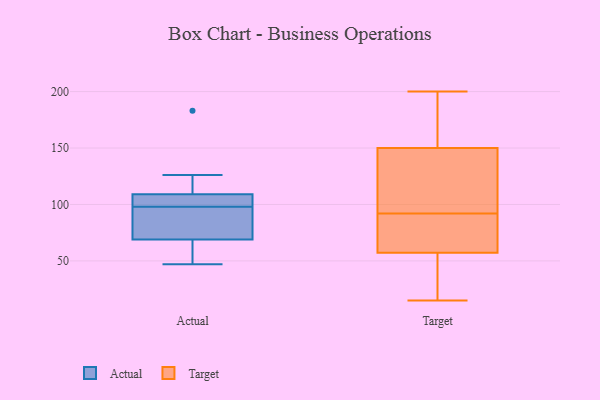
{"axis": {"x": "Shipments", "y": "Value"}, "legend": ["Actual", "Target"], "data": [{"x": "", "y": 109, "type": "Actual"}, {"x": "", "y": 126, "type": "Actual"}, {"x": "", "y": 54, "type": "Actual"}, {"x": "", "y": 78, "type": "Actual"}, {"x": "", "y": 99, "type": "Actual"}, {"x": "", "y": 183, "type": "Actual"}, {"x": "", "y": 69, "type": "Actual"}, {"x": "", "y": 100, "type": "Actual"}, {"x": "", "y": 97, "type": "Actual"}, {"x": "", "y": 47, "type": "Actual"}, {"x": "", "y": 135, "type": "Target"}, {"x": "", "y": 56, "type": "Target"}, {"x": "", "y": 77, "type": "Target"}, {"x": "", "y": 179, "type": "Target"}, {"x": "", "y": 61, "type": "Target"}, {"x": "", "y": 20, "type": "Target"}, {"x": "", "y": 196, "type": "Target"}, {"x": "", "y": 64, "type": "Target"}, {"x": "", "y": 151, "type": "Target"}, {"x": "", "y": 25, "type": "Target"}, {"x": "", "y": 92, "type": "Target"}, {"x": "", "y": 15, "type": "Target"}, {"x": "", "y": 147, "type": "Target"}, {"x": "", "y": 200, "type": "Target"}, {"x": "", "y": 105, "type": "Target"}]}